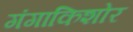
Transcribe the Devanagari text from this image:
गंगाकिशोर